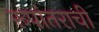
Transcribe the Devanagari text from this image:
रूपांतराची